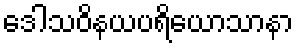
ဒေါသဝိနယပရိယောသာနာ